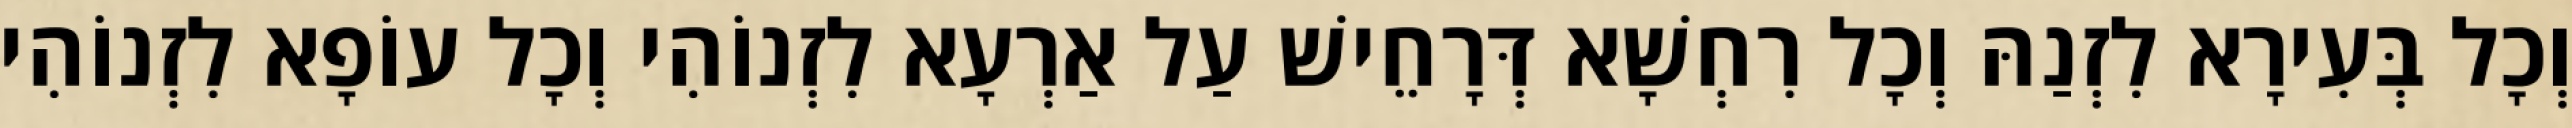
וְכָל בְּעִירָא לִזְנַהּ וְכָל רִחְשָׁא דְּרָחֵישׁ עַל אַרְעָא לִזְנוֹהִי וְכָל עוֹפָא לִזְנוֹהִי